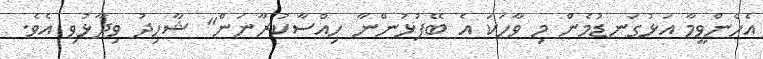
އެހެންވީމާ އަޅުގަނޑުމެން މި ވާހަކަ އެ ބޭފުޅުންނާ ހިއްސާކުރާނަން" ޝާހިދު ވިދާޅުވި އެވެ.